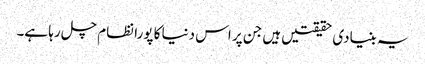
یہ بنیادی حقیقتیں ہیں جن پر اس دنیا کا پورا نظام چل رہا ہے۔